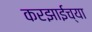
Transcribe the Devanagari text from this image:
करझाईच्या